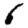
Digit: 6